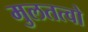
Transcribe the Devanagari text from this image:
मुलतत्वो